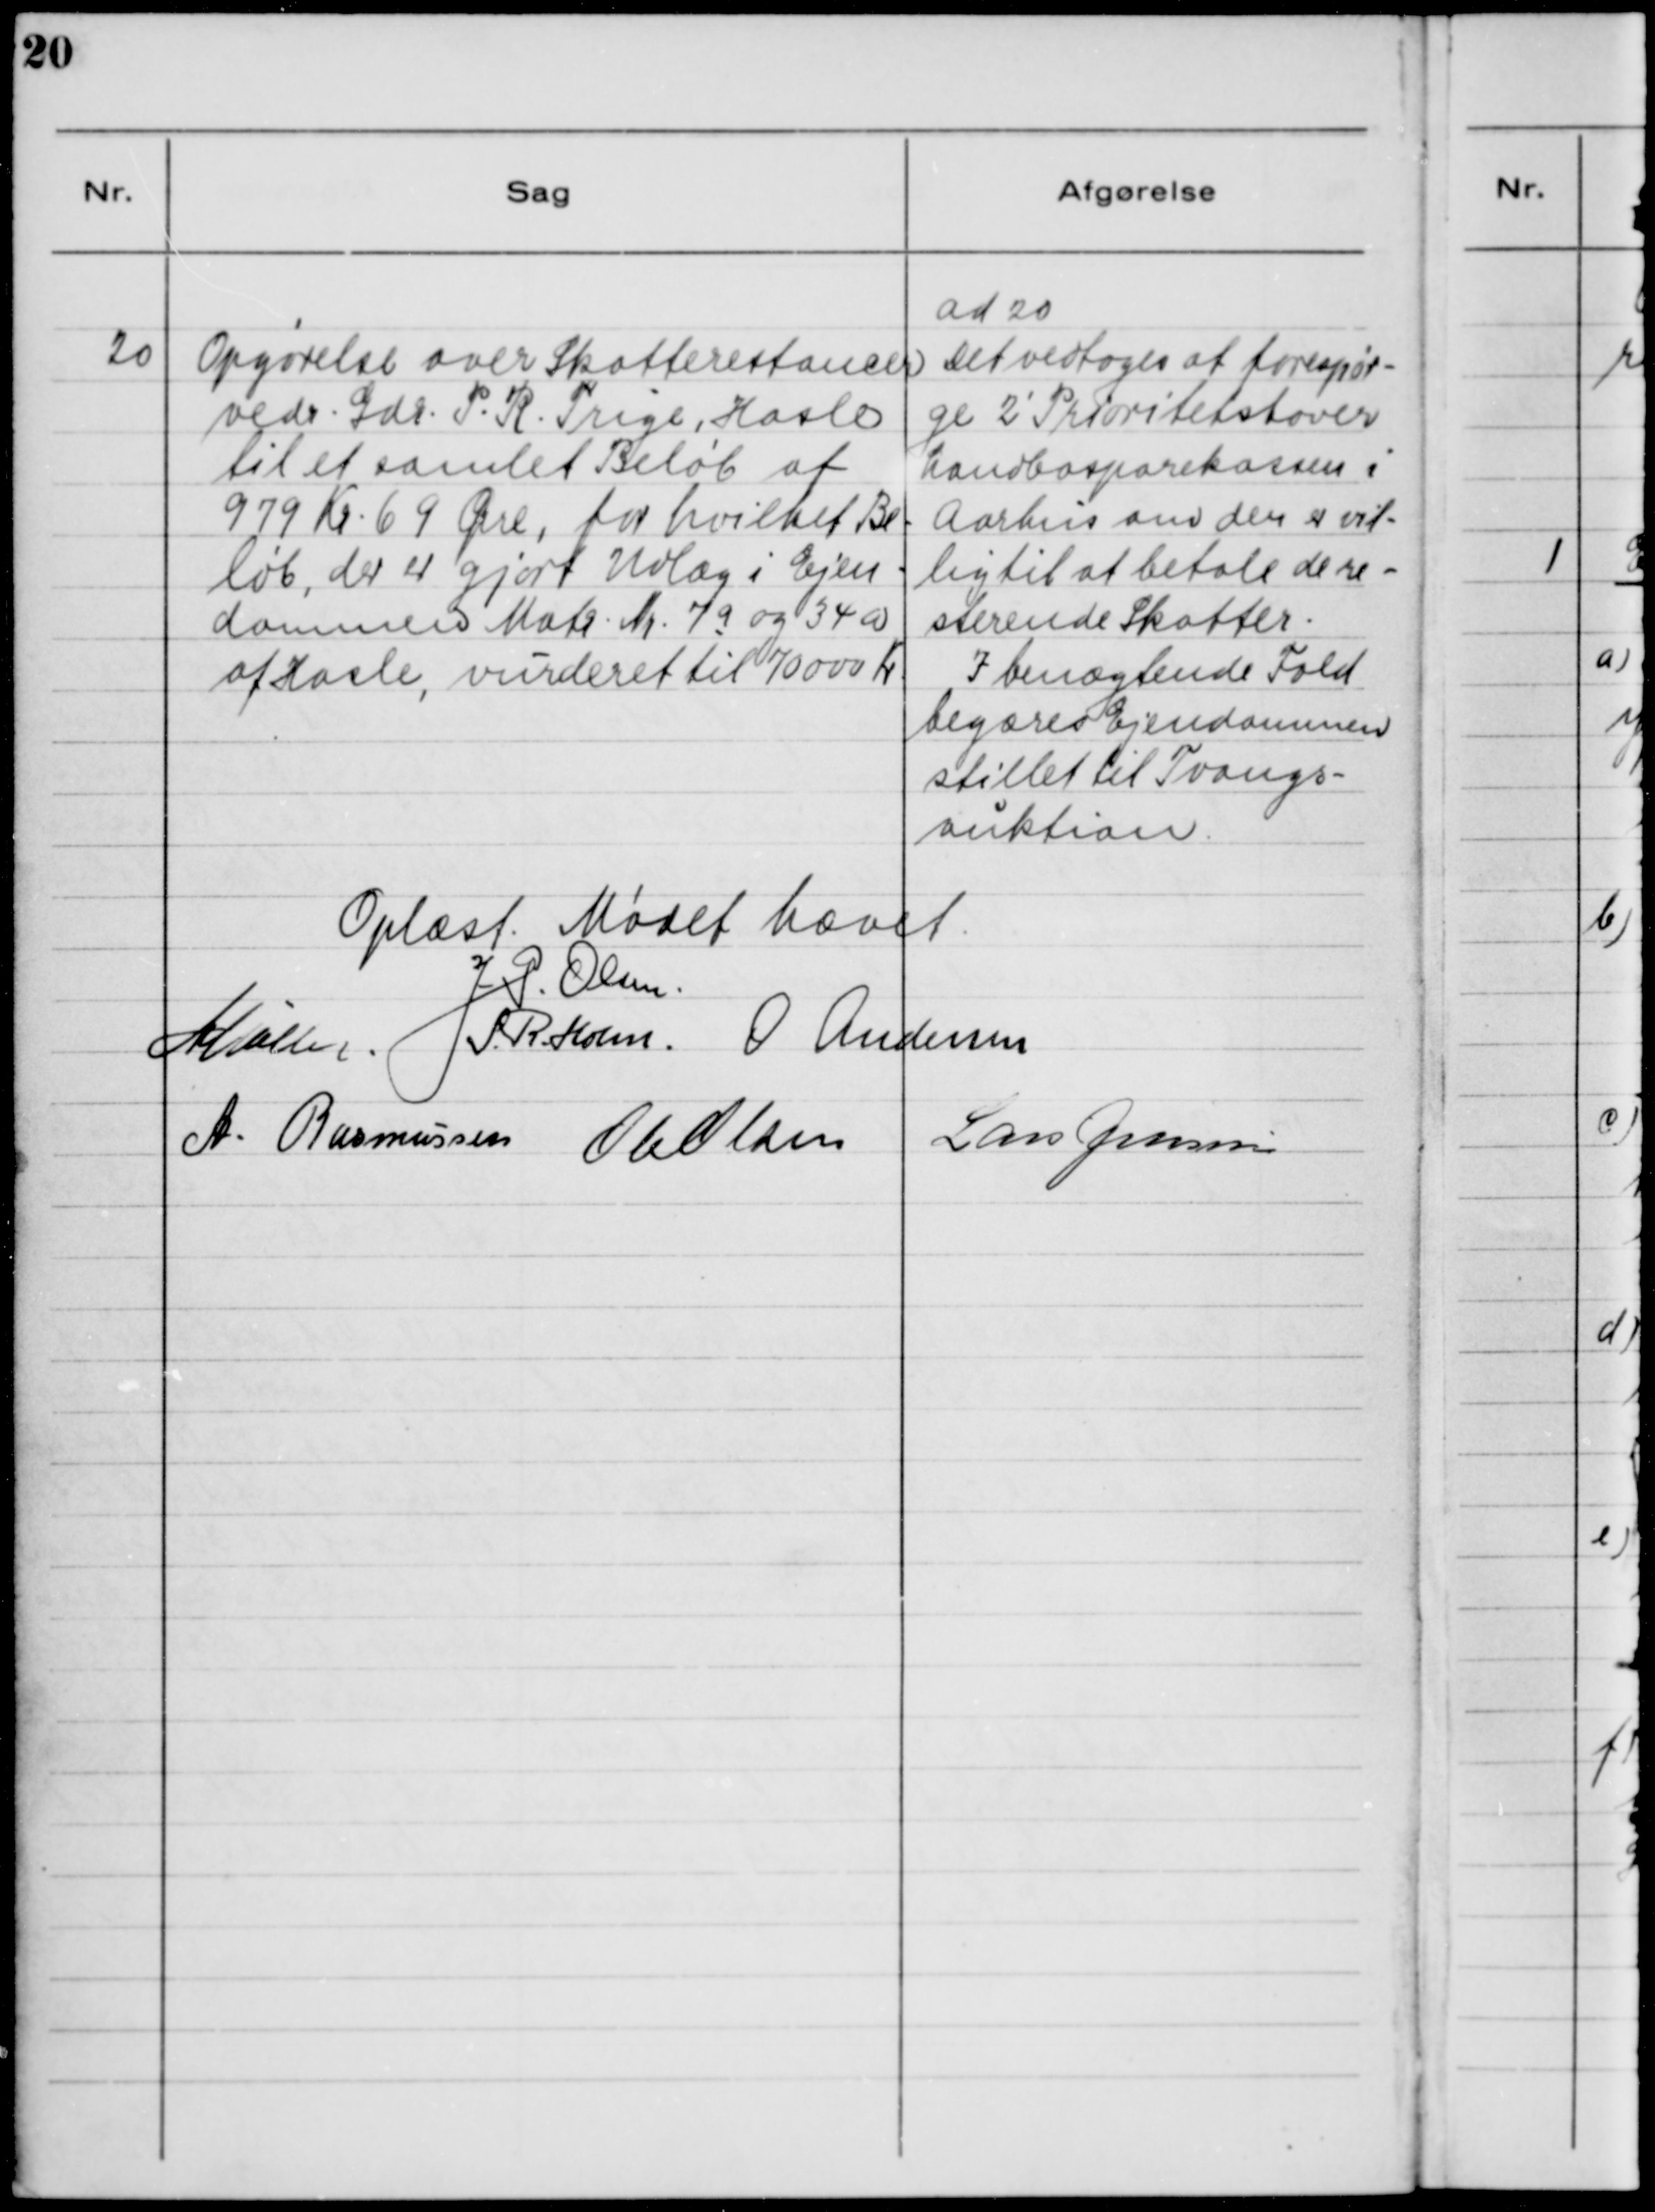
Transskription:
20

Opgørelse over Skatterestancer
vedr. Gdr. P. R. Trige, Hasle
til et samlet Beløb af
979 Kr. 69 Øre, for hvilket Be-
løb, der er gjort Udlæg i Ejen-
dommen Matr. Nr. 7a og 34 a
af Hasle, vurderet til 70000 Kr.

ad 20.
Det vedtoges at forespør-
ge 2' Prioritetshaver
Landbosparekassen i
Aarhus om den er vil-
lig til at betale de re-
sterende Skatter.
I benægtende Fald 
begæres Ejendommen 
stillet til Tvangs-
auktion.

Oplæst. Mødet hævet.